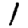
Digit: 1